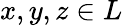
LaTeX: x,y,z\in L